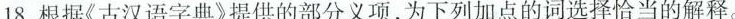
18.根据《古汉语字典》提供的部分义项，为下列加点的词选择恰当的解释。